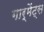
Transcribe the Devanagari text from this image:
गार्मेंट्स